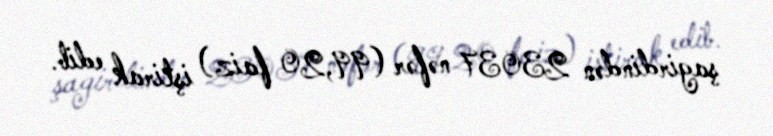
şagirdindən 23037 nəfər (99,20 faiz) iştirak edib.